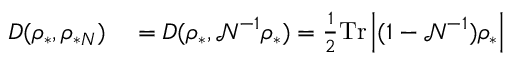
\begin{array} { r l } { D ( \rho _ { \ast } , \rho _ { \ast N } ) } & { { } = D ( \rho _ { \ast } , \mathcal { N } ^ { - 1 } \rho _ { \ast } ) = \frac { 1 } { 2 } \mathrm { T r } \left\vert ( 1 - \mathcal { N } ^ { - 1 } ) \rho _ { \ast } \right\vert } \end{array}